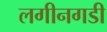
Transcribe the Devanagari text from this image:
लगीनगडी